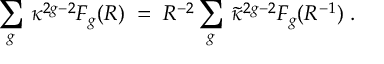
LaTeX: \sum _ { g } \, \kappa ^ { 2 g - 2 } { \cal F } _ { g } ( R ) \; = \; R ^ { - 2 } \sum _ { g } \, \tilde { \kappa } ^ { 2 g - 2 } { \cal F } _ { g } ( R ^ { - 1 } ) \; .